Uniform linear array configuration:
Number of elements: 24
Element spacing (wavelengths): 0.5
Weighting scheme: cosine
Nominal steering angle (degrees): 15
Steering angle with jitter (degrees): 15.427
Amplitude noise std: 0.05
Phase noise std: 0.05

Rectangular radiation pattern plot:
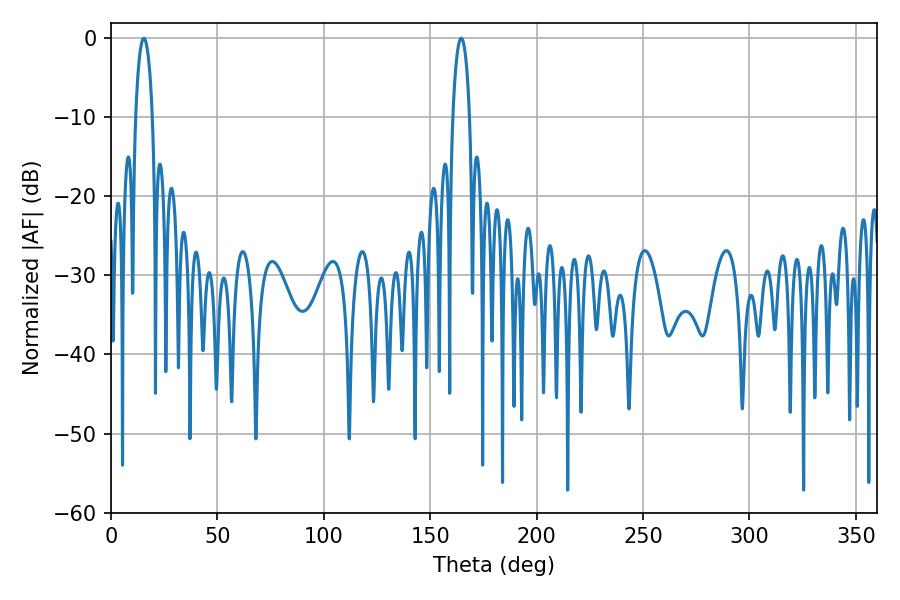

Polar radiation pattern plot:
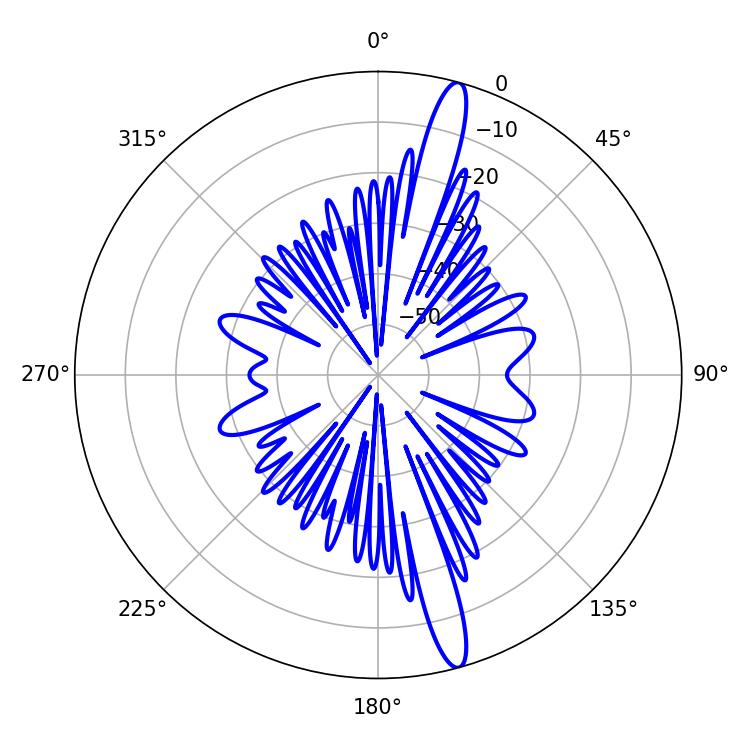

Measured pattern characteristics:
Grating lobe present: FALSE
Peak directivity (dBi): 16.39
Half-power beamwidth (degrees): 4.5
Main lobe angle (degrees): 164.52